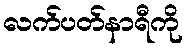
လက်ပတ်နာရီကို